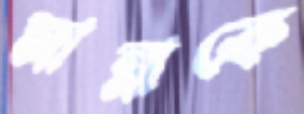
মান্নাকে